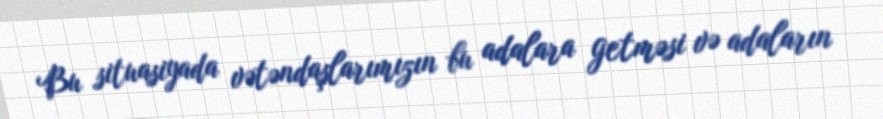
Bu situasiyada vətəndaşlarımızın bu adalara getməsi və adaların